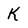
Character: K